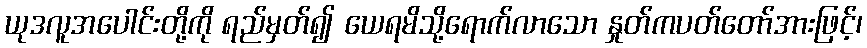
ယုဒလူအပေါင်းတို့ကို ရည်မှတ်၍ ယေရမိသို့ရောက်လာသော နှုတ်ကပတ်တော်အားဖြင့်၊